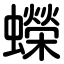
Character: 蠑